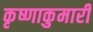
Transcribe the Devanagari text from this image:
कृष्णाकुमारी